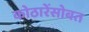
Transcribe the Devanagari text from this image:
कोठारेंसोबत